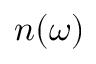
n ( \omega )